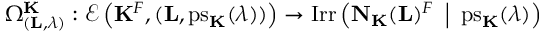
\Omega _ { ( { \mathbf { L } } , \lambda ) } ^ { \mathbf { K } } : { \mathcal { E } } \left( { \mathbf { K } } ^ { F } , ( { \mathbf { L } } , { \mathrm { p s } _ { \mathbf { K } } ( \lambda ) } ) \right) \to \mathrm { I r r } \left( { \mathbf { N } } _ { \mathbf { K } } ( { \mathbf { L } } ) ^ { F } \enspace \middle | \enspace { \mathrm { p s } _ { \mathbf { K } } ( \lambda ) } \right)